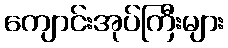
ကျောင်းအုပ်ကြီးများ